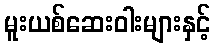
မူးယစ်ဆေးဝါးများနှင့်